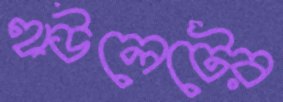
হাউলেটের